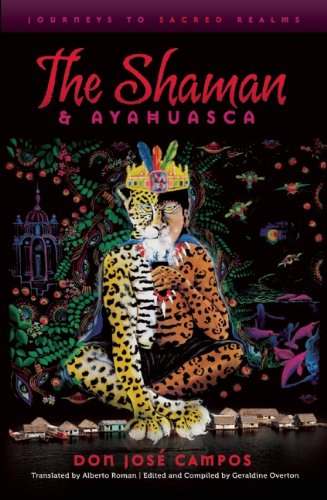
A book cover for The Shaman & Ayahuasca: Journeys To Sacred Realms; Don Jose Campos; Religion & Spirituality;